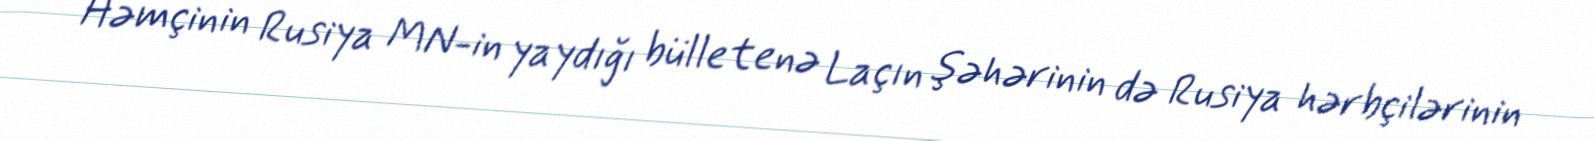
Həmçinin Rusiya MN-in yaydığı bülletenə Laçın şəhərinin də Rusiya hərbçilərinin